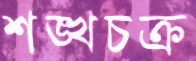
শঙ্খচক্র